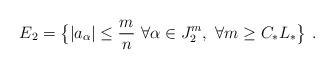
LaTeX: \begin{align*} E_2=\bigl\{|a_\alpha|\leq\frac mn\ \forall \alpha\in J_2^m,\ \forall m\geq C_* L_*\bigr\}\ .\end{align*}